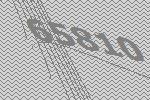
65810